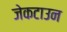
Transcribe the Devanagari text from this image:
जेकटाउन